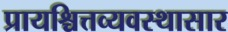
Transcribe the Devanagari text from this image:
प्रायश्चित्तव्यवस्थासार